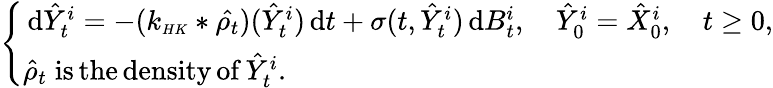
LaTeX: \begin{array}{r}{\left\{ \begin{array}{ll}{\, \mathrm{d}\hat{Y}_{t}^{i}=-(k_{\scriptscriptstyle{HK}}*\hat{\rho_{t}})(\hat{Y}_{t}^{i})\, \mathrm{d}t+\sigma(t,\hat{Y}_{t}^{i})\, \mathrm{d}B_{t}^{i},\quad\hat{Y}_{0}^{i}=\hat{X}_{0}^{i},\quad t\geq 0,}\\ {\hat{\rho}_{t}\; \mathrm{is\, the\, density\, of}\, \hat{Y}_{t}^{i}.}\end{array}\right.}\end{array}